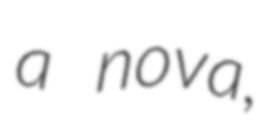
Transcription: a nova,